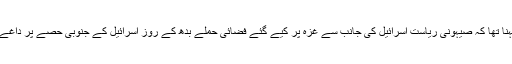
اسرائیلی خبر رساں ادارے کا کہنا تھا کہ صیہونی ریاست اسرائیل کی جانب سے غزہ پر کیے گئے فضائی حملے بدھ کے روز اسرائیل کے جنوبی حصّے پر داغے گئے میزائلوں کا رد عمل ہے۔